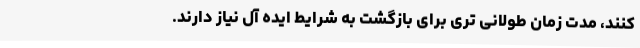
کنند، مدت زمان طولانی تری برای بازگشت به شرایط ایده آل نیاز دارند.